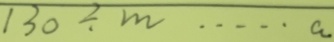
1 3 0 \div m \cdots a